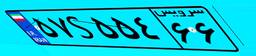
۰۷S۴۸۵۶۸